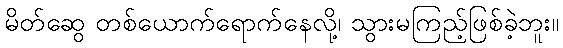
မိတ်ဆွေ တစ်ယောက်ရောက်နေလို့၊ သွားမကြည့်ဖြစ်ခဲ့ဘူး။